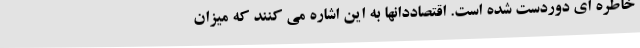
خاطره ای دوردست شده است. اقتصاددانها به این اشاره می کنند که میزان